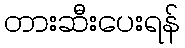
တားဆီးပေးရန်